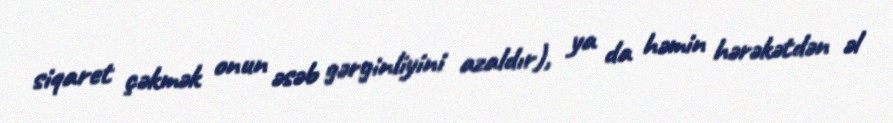
siqaret çəkmək onun əsəb gərginliyini azaldır), ya da həmin hərəkətdən əl